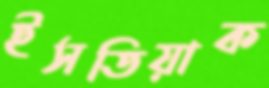
ইসতিয়াক